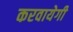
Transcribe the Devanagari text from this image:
करवायेगी